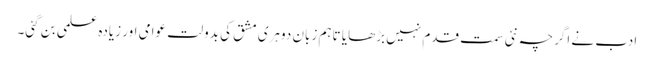
ادب نے اگرچہ نئی سمت قدم نہیں بڑھایا تاہم زبان دوہری مشق کی بدولت عوامی اور زیادہ علمی بن گئی۔